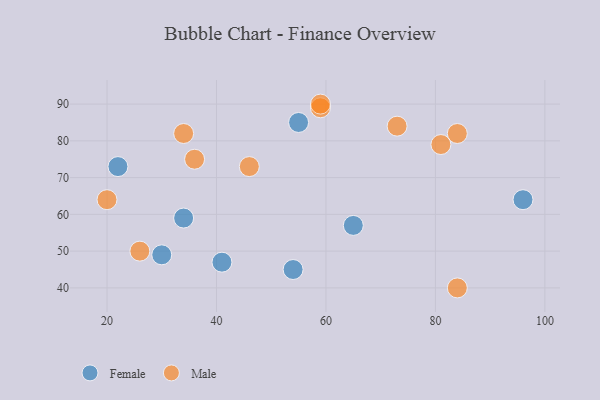
{"axis": {"x": "GDP", "y": "Life Expectancy"}, "legend": ["Female", "Male"], "data": [{"x": "96", "y": 64, "type": "Female"}, {"x": "65", "y": 57, "type": "Female"}, {"x": "22", "y": 73, "type": "Female"}, {"x": "34", "y": 59, "type": "Female"}, {"x": "30", "y": 49, "type": "Female"}, {"x": "41", "y": 47, "type": "Female"}, {"x": "54", "y": 45, "type": "Female"}, {"x": "55", "y": 85, "type": "Female"}, {"x": "81", "y": 79, "type": "Male"}, {"x": "34", "y": 82, "type": "Male"}, {"x": "36", "y": 75, "type": "Male"}, {"x": "20", "y": 64, "type": "Male"}, {"x": "59", "y": 89, "type": "Male"}, {"x": "59", "y": 90, "type": "Male"}, {"x": "26", "y": 50, "type": "Male"}, {"x": "46", "y": 73, "type": "Male"}, {"x": "84", "y": 82, "type": "Male"}, {"x": "84", "y": 40, "type": "Male"}, {"x": "73", "y": 84, "type": "Male"}]}